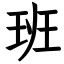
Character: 班